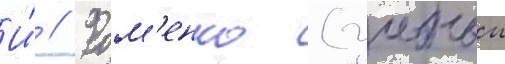
И́ // Фом'енко (учебныи